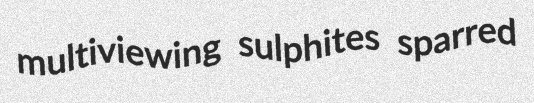
multiviewing sulphites sparred